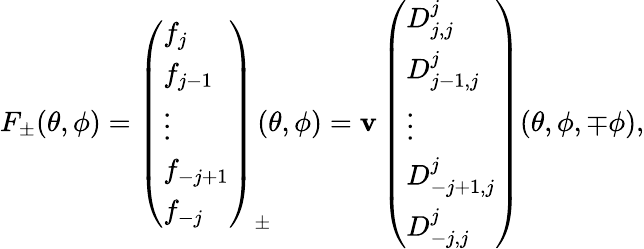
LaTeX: F_{\pm}(\theta,\phi)=\left(\begin{array}{l}{{f_{j}}}\\ {{f_{j-1}}}\\ {{\vdots}}\\ {{f_{-j+1}}}\\ {{f_{-j}}}\end{array}\right)_{\pm}\! \! \! (\theta,\phi)=\mathbf{v}\left(\begin{array}{l}{{D_{j,j}^{j}}}\\ {{D_{j-1,j}^{j}}}\\ {{\vdots}}\\ {{D_{-j+1,j}^{j}}}\\ {{D_{-j,j}^{j}}}\end{array}\right)(\theta,\phi,\mp\phi),